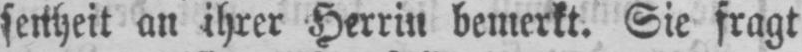
an ihrer Herrin bemerkt. Sie fragt